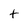
Character: t